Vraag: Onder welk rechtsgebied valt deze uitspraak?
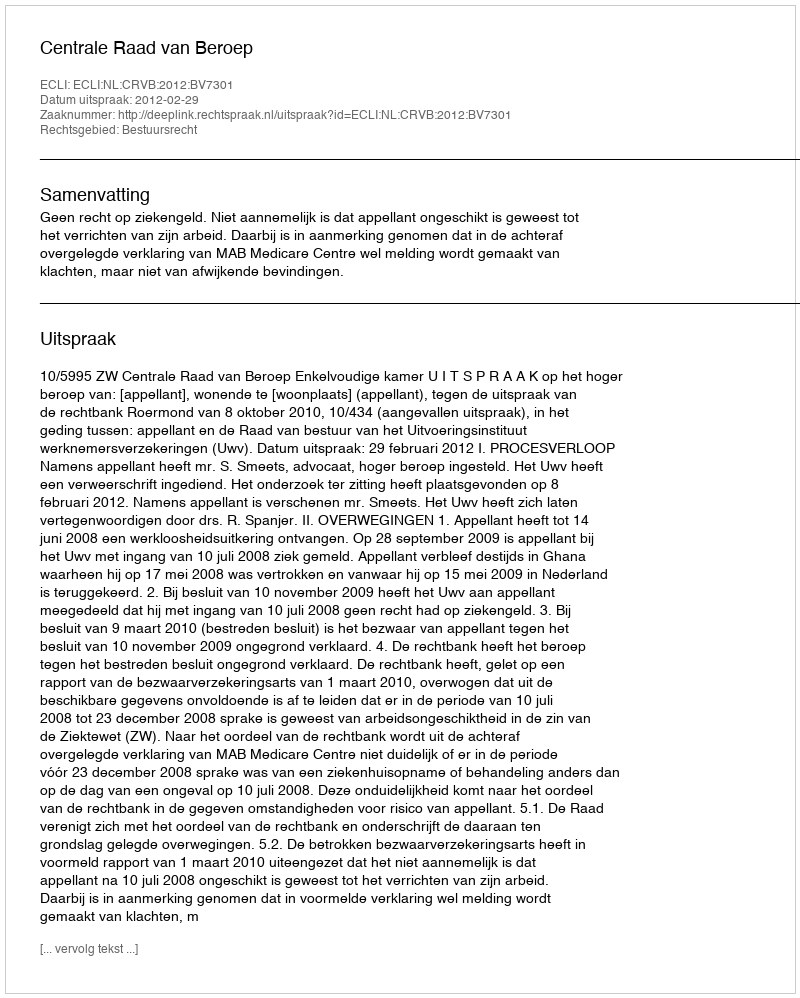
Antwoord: Bestuursrecht